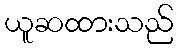
ယူဆထားသည်